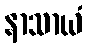
နာသာယံ